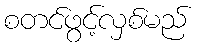
စတင်ဖွင့်လှစ်မည်